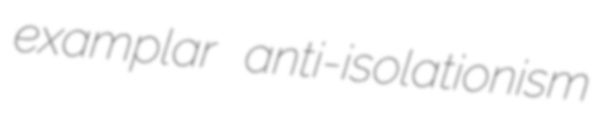
examplar anti-isolationism